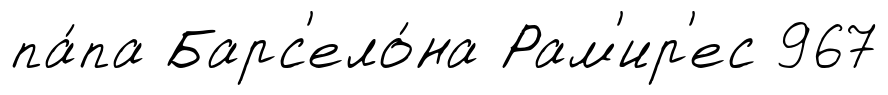
па́па Барс'ело́на Рам'ир'ес 967